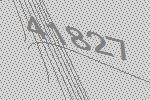
41827